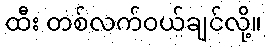
ထီး တစ်လက်ဝယ်ချင်လို့။